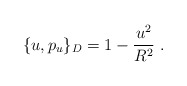
\begin{align*}\{u,p_u\}_D=1-\frac{u^2}{R^2}\ .\end{align*}